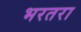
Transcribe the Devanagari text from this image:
भरतरा